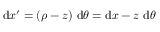
\mathrm { d } x ^ { \prime } = ( \rho - z ) ~ \mathrm { d } \theta = \mathrm { d } x - z ~ \mathrm { d } \theta